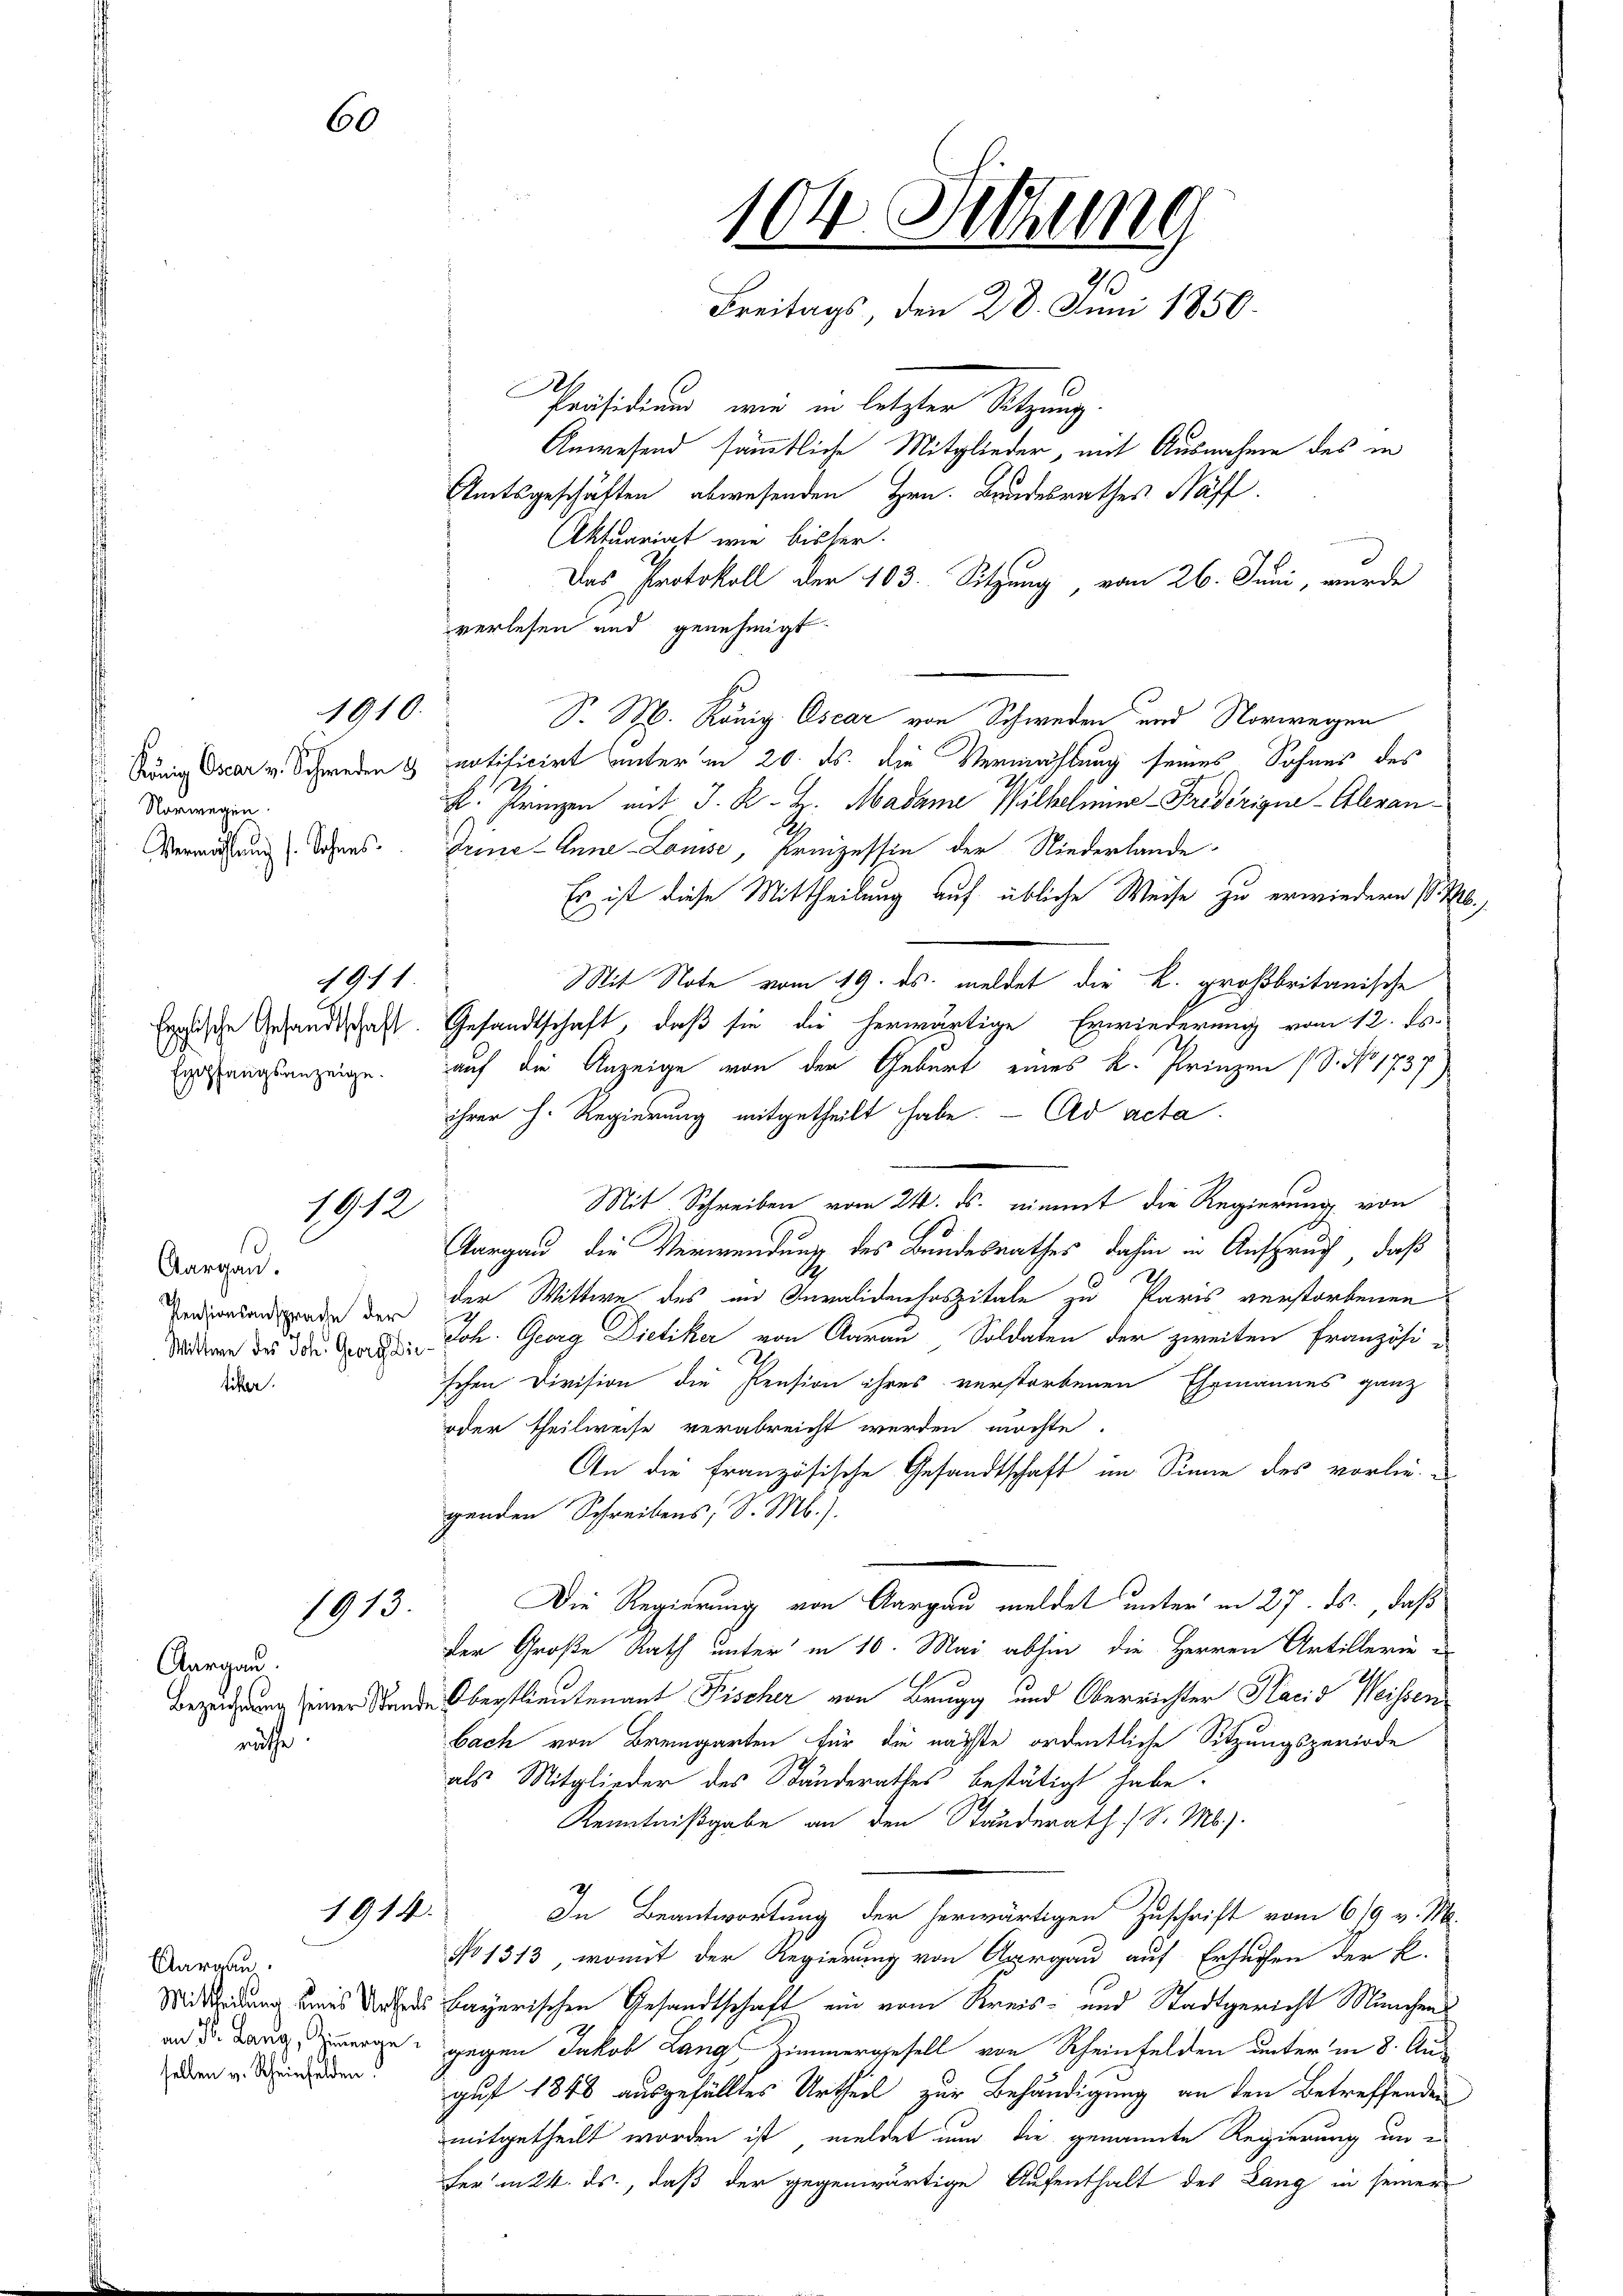
Norwegen.
.

60

1910.

1911.

1912

s
Aargau.
tiker.

1913.

Aargau.
räthe

Aargau.
selben v. Scheinfelden.

Das Protokoll der 103. Sitzung, vom 26. Juni, wurde
verlesen und genehmigt
S. M. König. Oscar von Schweden und Vorwegen
 König Oscar v. Schweden & notificirt unter in 20. ds. die Vermachtung seines Sohnes des
k. Prinzen mit J. K. H. Madame Wilhelmine Fredérigue-Aleran¬
Vermassung Johans. Deine Anne-Louise, Prinzessin der Niederlande
Es ist diese Mittheilung auf übliche Weise zu erwiedern / M.
Mit Note vom 19. ds. meldet die R. großbritanische
frische Gesandtschaft. Gesandtschaft, daß sie die herwärtige Erwiederung vom 12. ds.
gelangsanzeige. auf die Anzeige von der Geburt eines K. Prinzen (S. No. 1737)
ihrer h. Regierung mitgetheilt habe. - Ad acta
Mit Schreiben vom 24. ds. nimmt die Regierung von
Aargau, die Verwendung des Bundesrathes dahin in Anspruch, daß
Perdientenden der Wittwe des in Invalidenhospitale zu Paris verstorbenen
h
Mitte des der Georg Joh. Georg Dietiker von Aarau Soldaten der zweiten Französi-
schen Division die Pension ihres verstorbenen Ehemannes ganz
oder theilweise verabreicht werden möchte.
An die französische Gesandtschaft im Sinne des vorliegenden Schreibens, S. M.).
Die Regierung von Aargau meldet unter in 27. ds., daß
Der Große Rath unter in 10. Mai abhin die Herren Artillerie
Bezug einer Stunde Oberstlieutenant Fischer von Brugg und Oberrichter Placis Weissen
bach von Bremgarten für die nächste ordentliche Sitzungsperiode
als Mitglieder des Standerathes bestätigt habe.
Kenntnißgabe an den Standerath (S. M.)
1914.
In Beantwortung der herwärtigen Zuschrift vom 6/9 v. M.
No 1313, womit der Regierung von Aargau auf Ersuchen der k.
Mitteilung eines Urthes Bayerischen Gesandtschaft ein vom Kreis- und Stadtgericht Münchens
and Sr. Drang immerge gegen Jakob Langs Zimmergesell von Rheinfelden unter in 8. Ausgust 1848 ausgefälltes Urtheil zur Behändigung an den Betreffenden
mitgetheilt worden ist, meldet nun die genannte Regierung um es
ferm 24. ds., daß der gegenwärtige Aufenthalt des Lang in seiner

104. Sitzung
Freitags, den 28. Juni 1850.
Präsidium, wie in letzter Sitzung
Anwesend sämmtliche Mitglieder, mit Ausnahme des in
Amtsgeschäften abwesenden Hrn. Brudesrathes Näff.
Aktuariat wie bisher.